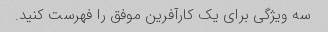
سه ویژگی برای یک کارآفرین موفق را فهرست کنید.